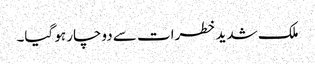
ملک شدید خطرات سے دوچار ہو گیا۔